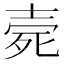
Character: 𣨑